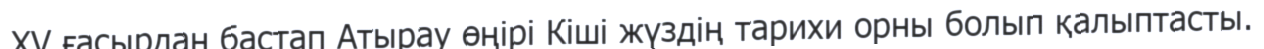
ХV ғасырдан бастап Атырау өңірі Кіші жүздің тарихи орны болып қалыптасты.